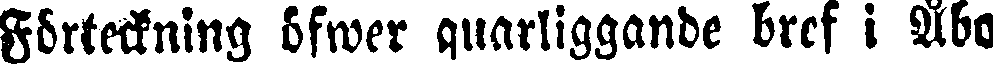
Förteckning öfwer quarliggande bref i Åbo